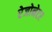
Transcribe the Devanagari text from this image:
रेजोनेटर